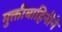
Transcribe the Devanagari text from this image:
मुक्तीबाहिनीने